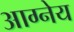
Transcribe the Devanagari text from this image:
आग्‍नेय